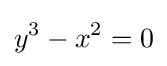
y^{3}-x^{2}=0